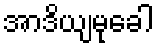
အာဒိယျမုခေါ